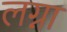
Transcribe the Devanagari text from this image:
लग्ना